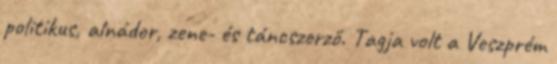
politikus, alnádor, zene- és táncszerző. Tagja volt a Veszprém